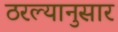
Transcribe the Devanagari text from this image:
ठरल्यानुसार